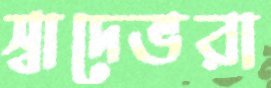
স্বাদেভরা